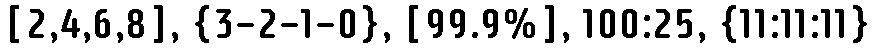
[2,4,6,8], {3-2-1-0}, [99.9%], 100:25, {11:11:11}